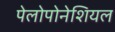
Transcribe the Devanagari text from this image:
पेलोपोनेशियल